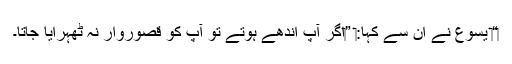
‏“‏ یسوع نے اُن سے کہا:‏ ”‏اگر آپ اندھے ہوتے تو آپ کو قصوروار نہ ٹھہرایا جاتا۔